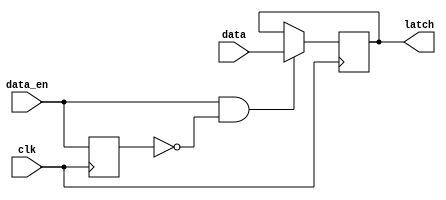
module data_enable_latch(
    input data,
    input data_en,
    input clk,
    output reg latch
);

// Internal state
reg prev_data_en;

// Sequential logic
always@(posedge clk) begin
    if (data_en && !prev_data_en) begin
        latch <= data;
    end
    prev_data_en <= data_en;
end

endmodule